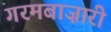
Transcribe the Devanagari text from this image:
गरमबाज़ारी